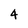
Character: 4